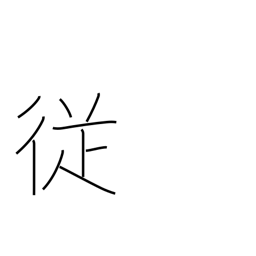
Meaning: incidental